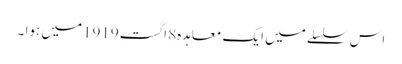
اس سلسلے میں ایک معاہدہ8 اگست1919میں ہوا ۔